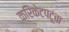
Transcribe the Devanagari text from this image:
क्रिकेटपटूंचा